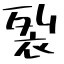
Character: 裂